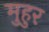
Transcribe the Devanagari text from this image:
मुहुर